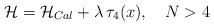
LaTeX: \begin{align*}{\cal H} = {\cal H}_{Cal} + \lambda\, \tau_4(x),\quad N>4\end{align*}